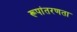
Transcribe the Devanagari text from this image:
रूपांतरणता